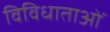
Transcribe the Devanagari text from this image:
विविधाताओं